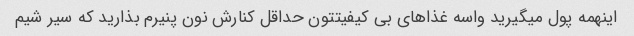
اینهمه پول میگیرید واسه غذاهای بی کیفیتتون حداقل کنارش نون پنیرم بذارید که سیر شیم